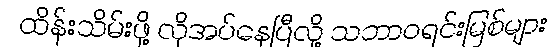
ထိန်းသိမ်းဖို့ လိုအပ်နေပြီလို့ သဘာဝရင်းမြစ်များ